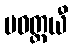
ပဝတ္တယီ